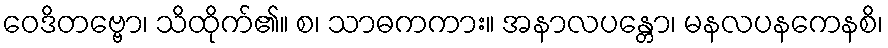
ဝေဒိတဗ္ဗော၊ သိထိုက်၏။ စ၊ သာဓကကား။ အနာလပန္တော၊ မနလပနကေနစိ၊